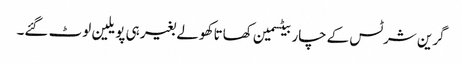
گرین شرٹس کےچار بیٹسمین کھاتا کھولے بغیر ہی پویلین لوٹ گئے۔